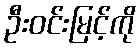
ဦးဝင်းမြင့်ကို